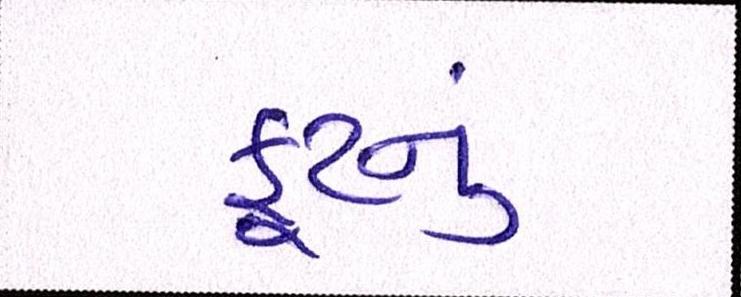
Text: ફૂટનું